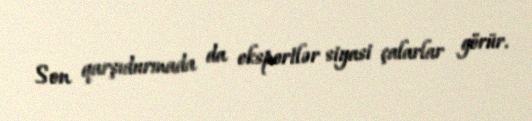
Son qarşıdurmada da ekspertlər siyasi çalarlar görür.